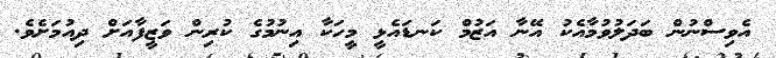
އެވިސްނުން ބަދަލުވުމާއެކު އޭނާ އަޒުމް ކަނޑައެޅީ މީހަކާ އިނުމުގެ ކުރިން ވަޒީފާއަށް ދިއުމަށެވެ.